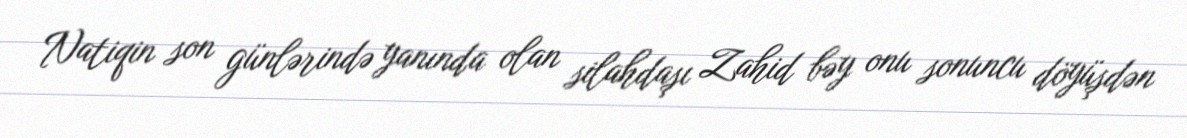
Natiqin son günlərində yanında olan silahdaşı Zahid bəy onu sonuncu döyüşdən